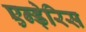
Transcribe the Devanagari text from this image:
एन्ड़ेरिस